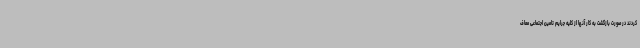
کردند در صورت بازگشت به کار آنها از کلیه جرایم تامین اجتماعی معاف